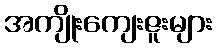
အကျိုးကျေးဇူးများ